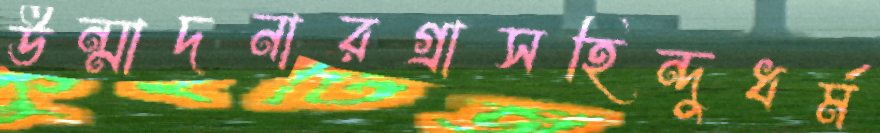
উন্মাদনারগ্রাসহিন্দুধর্ম